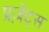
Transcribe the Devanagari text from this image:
प्रज़ेंट्स